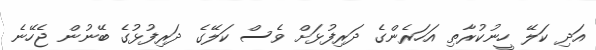
އަދި ކަލޭ ހީނުކުރާތި އަހަރެންގެ ދަރިފުޅަށް ވެސް ކަލޭގެ ދަރިފުޅުގެ ބޭނުން ޖެހޭނެ